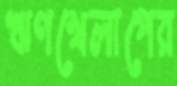
ঋণখেলাপের